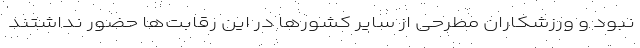
نبود و ورزشکاران مطرحی از سایر کشورها در این رقابت‌ها حضور نداشتند